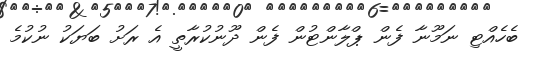
ބެހެއްޓި ނަމޫނާ ފެން ޕްލާންޓުން ފެން ދޫނުކުރާތީ އެ ރަށު ބަޔަކު ނުކުމެ